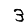
Digit: 3